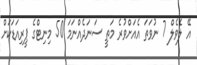
އޭ ލެވެލް 7 ނުވަތަ އެއަށްވުރެ މަތީ ސަނަދެއްނަމަ 50 މިނިޓްގެ ޕީރިއަޑަކަށް